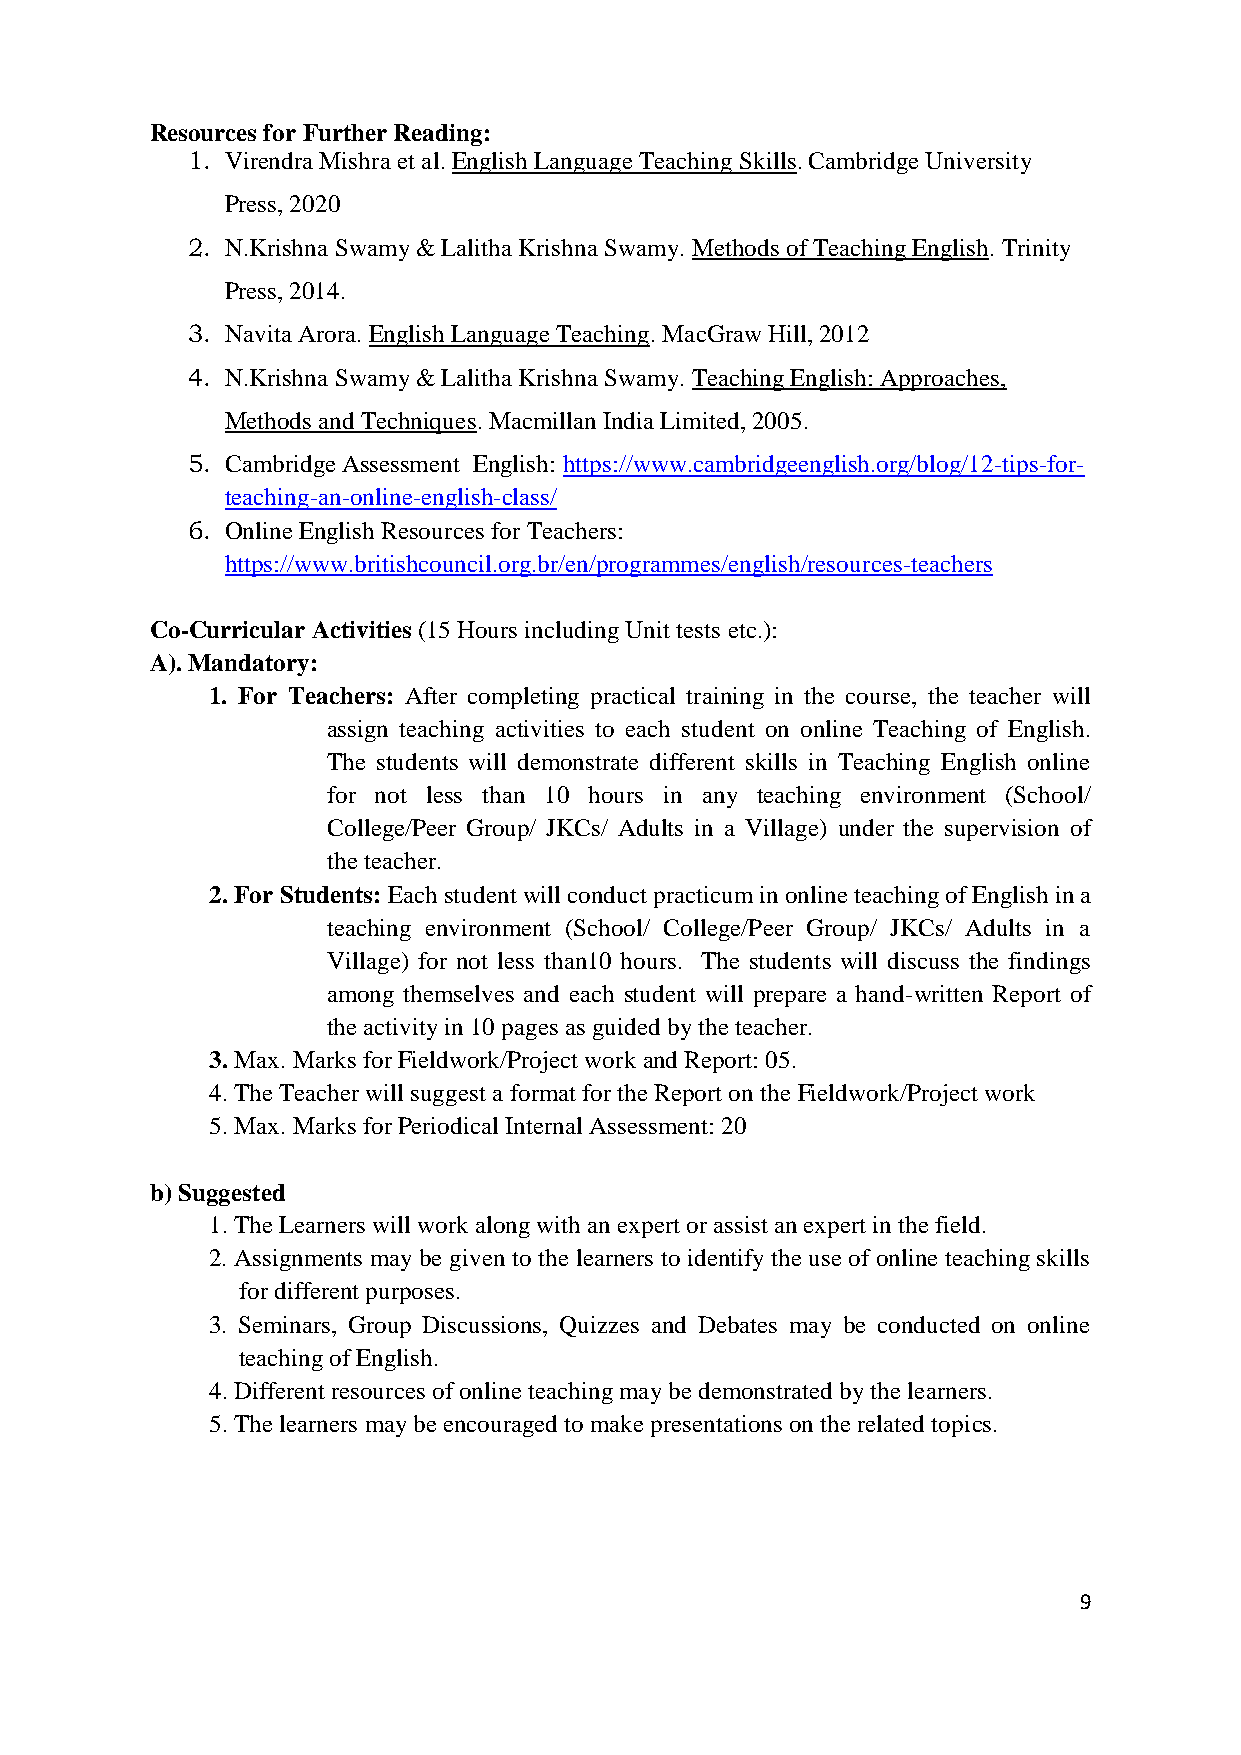
Resources for Further Reading:
 1. Virendra Mishra et al. English Language Teaching Skills. Cambridge University
 Press, 2020
 2. N.Krishna Swamy & Lalitha Krishna Swamy. Methods of Teaching English. Trinity
 Press, 2014.
 3. Navita Arora. English Language Teaching. MacGraw Hill, 2012
 4. N.Krishna Swamy & Lalitha Krishna Swamy. Teaching English: Approaches,
 Methods and Techniques. Macmillan India Limited, 2005.
 5. Cambridge Assessment English: https://www.cambridgeenglish.org/blog/12-tips-for-
 teaching-an-online-english-class/
 6. Online English Resources for Teachers:
 https://www.britishcouncil.org.br/en/programmes/english/resources-teachers
 Co-Curricular Activities (15 Hours including Unit tests etc.):
 A). Mandatory:
 1. For Teachers: After completing practical training in the course, the teacher will
 assign teaching activities to each student on online Teaching of English.
 The students will demonstrate different skills in Teaching English online
 for not less than 10 hours in any teaching environment (School/
 College/Peer Group/ JKCs/ Adults in a Village) under the supervision of
 the teacher.
 2. For Students: Each student will conduct practicum in online teaching of English in a
 teaching environment (School/ College/Peer Group/ JKCs/ Adults in a
 Village) for not less than10 hours. The students will discuss the findings
 among themselves and each student will prepare a hand-written Report of
 the activity in 10 pages as guided by the teacher.
 3. Max. Marks for Fieldwork/Project work and Report: 05.
 4. The Teacher will suggest a format for the Report on the Fieldwork/Project work
 5. Max. Marks for Periodical Internal Assessment: 20
 b) Suggested
 1. The Learners will work along with an expert or assist an expert in the field.
 2. Assignments may be given to the learners to identify the use of online teaching skills
 for different purposes.
 3. Seminars, Group Discussions, Quizzes and Debates may be conducted on online
 teaching of English.
 4. Different resources of online teaching may be demonstrated by the learners.
 5. The learners may be encouraged to make presentations on the related topics.
 9